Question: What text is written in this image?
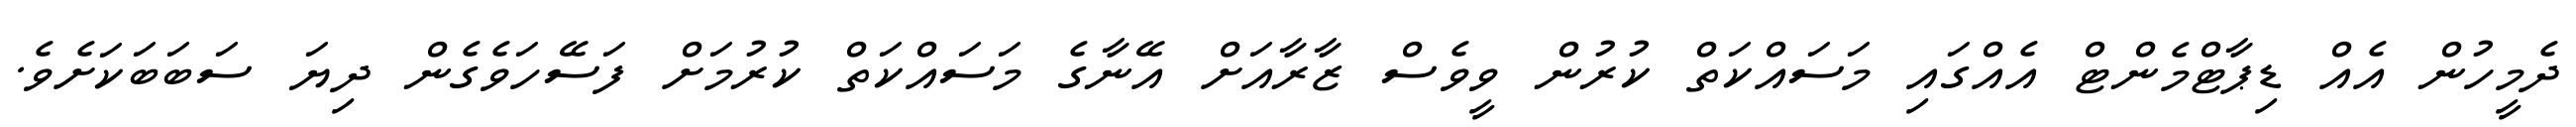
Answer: ދެމީހުން އެއް ޑިޕާޓްމެންޓް އެއްގައި މަސައްކަތް ކުރުން ވީވެސް ޒާރާއަށް އޭނާގެ މަސައްކަތް ކުރުމަށް ފަސޭހަވެގެން ދިޔަ ސަބަބަކަށެވެ.